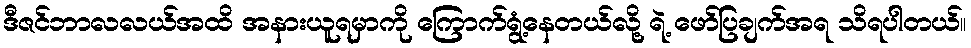
ဒီဇင်ဘာလလယ်အထိ အနားယူရမှာကို ကြောက်ရွံ့နေတယ်လို့ ရဲ့ ဖော်ပြချက်အရ သိရပါတယ်။